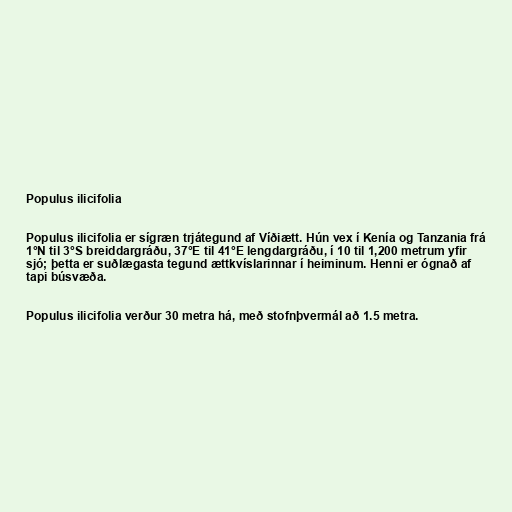
Populus ilicifolia

Populus ilicifolia er sígræn trjátegund af Víðiætt. Hún vex í Kenía og Tanzania frá
1°N til 3°S breiddargráðu, 37°E til 41°E lengdargráðu, í 10 til 1,200 metrum yfir
sjó; þetta er suðlægasta tegund ættkvíslarinnar í heiminum. Henni er ógnað af
tapi búsvæða.

Populus ilicifolia verður 30 metra há, með stofnþvermál að 1.5 metra.